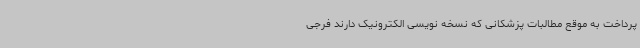
پرداخت به موقع مطالبات پزشکانی که نسخه نویسی الکترونیک دارند فرجی